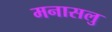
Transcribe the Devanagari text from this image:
मनासलु